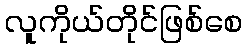
လူကိုယ်တိုင်ဖြစ်စေ